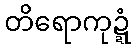
တိရောကုဍ္ဍံ